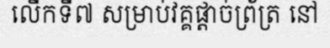
លើកទី៧ សម្រាប់វគ្គផ្តាច់ព្រ័ត្រ នៅ